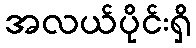
အလယ်ပိုင်းရှိ